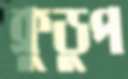
ক্রুডুপ